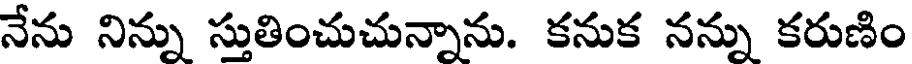
నేను నిన్ను స్తుతించుచున్నాను. కనుక నన్ను కరుణిం